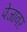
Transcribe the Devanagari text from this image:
पेजावर